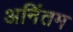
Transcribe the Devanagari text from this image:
अनिंतम